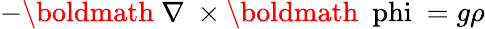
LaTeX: -\mathrm{\boldmath~\nabla~}\times\mathrm{\boldmath~\ phi~}=g\rho